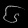
Digit: ၆